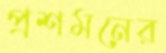
প্রশমনের